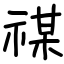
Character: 禖